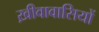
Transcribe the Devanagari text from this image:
ख़ीवावासियों